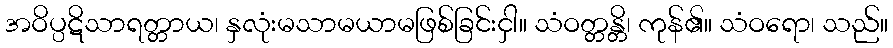
အဝိပ္ပဋိသာရတ္တာယ၊ နှလုံးမသာမယာမဖြစ်ခြင်းငှါ။ သံဝတ္တန္တိ၊ ကုန်၏။ သံဝရော၊ သည်။